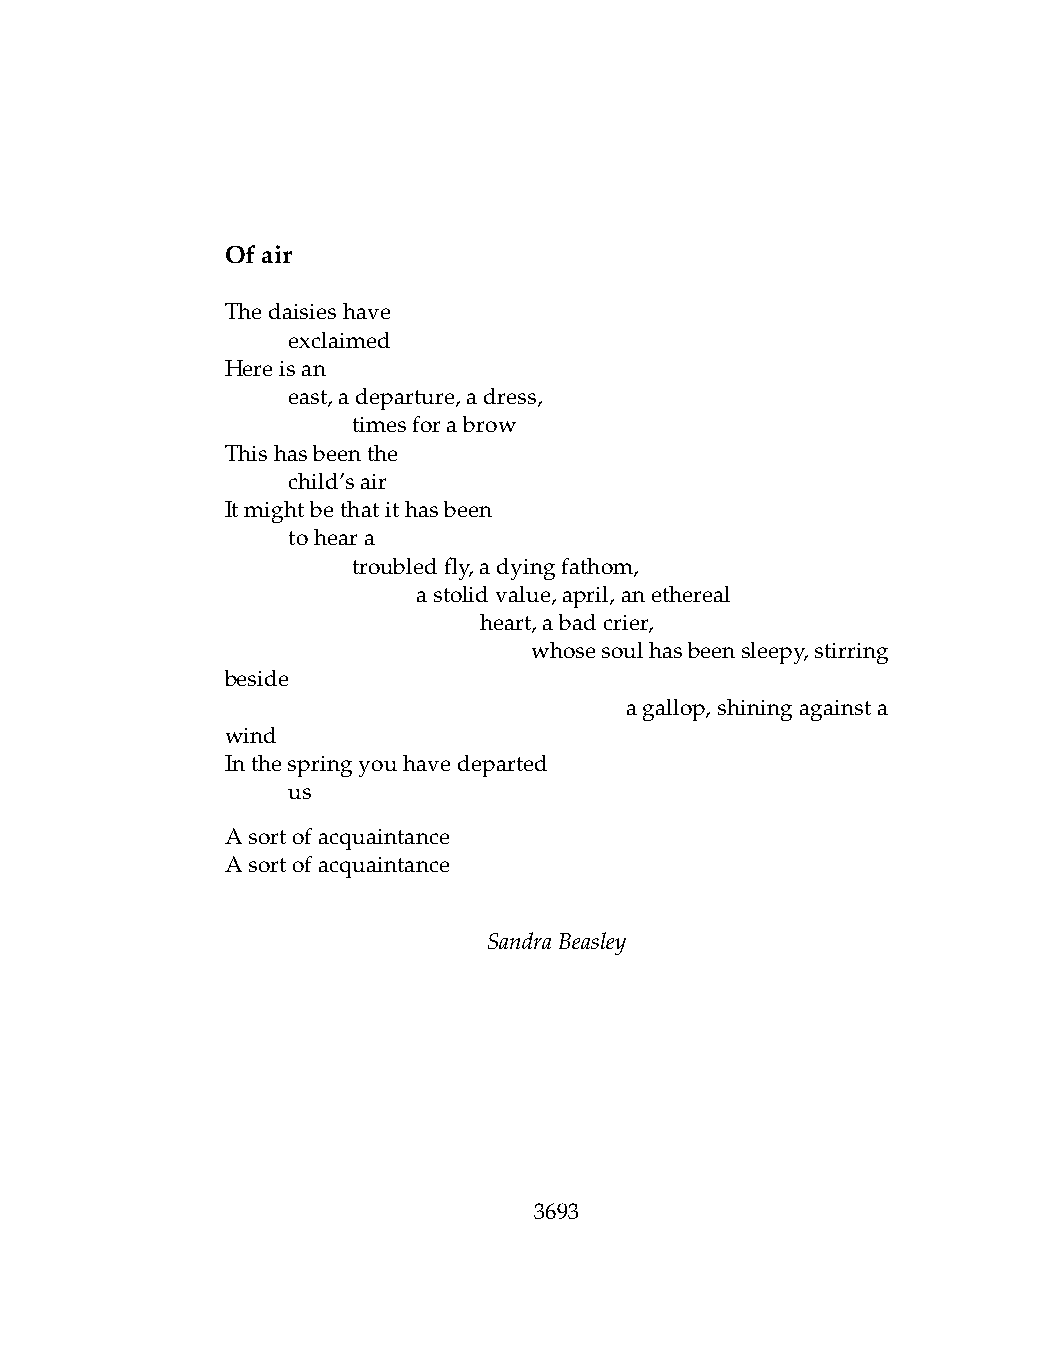
Ofair
 Thedaisieshave
 .   exclaimed
 Hereisan
 .   east,adeparture,adress,
 .   .   timesforabrow
 Thishasbeenthe
 .   child’sair
 Itmightbethatithasbeen
 .   toheara
 .   .   troubledfly,adyingfathom,
 .   .   .    astolidvalue,april,anethereal
 .   .   .    .   heart,abadcrier,
 .   .   .   .   .   whosesoulhasbeensleepy,stirring
 beside
 .   .    .   .    .   .   agallop,shiningagainsta
 wind
 Inthespringyouhavedeparted
 .   us
 Asortofacquaintance
 Asortofacquaintance
 SandraBeasley
 3693